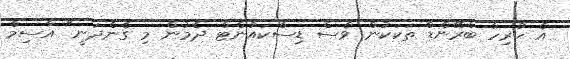
އެ ހުރިހާ ބްރޭންޑް ތަކަކުން ވެސް ޑިސްކައުންޓް ދެމުން މި ގެންދަނީ" އާސިމް